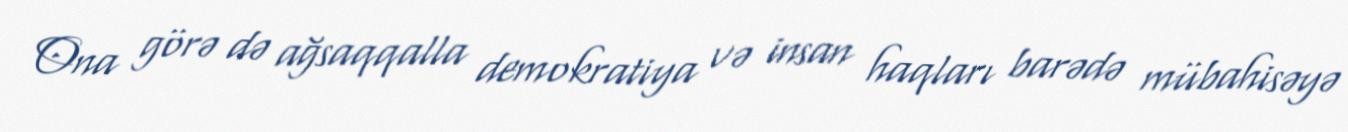
Ona görə də ağsaqqalla demokratiya və insan haqları barədə mübahisəyə